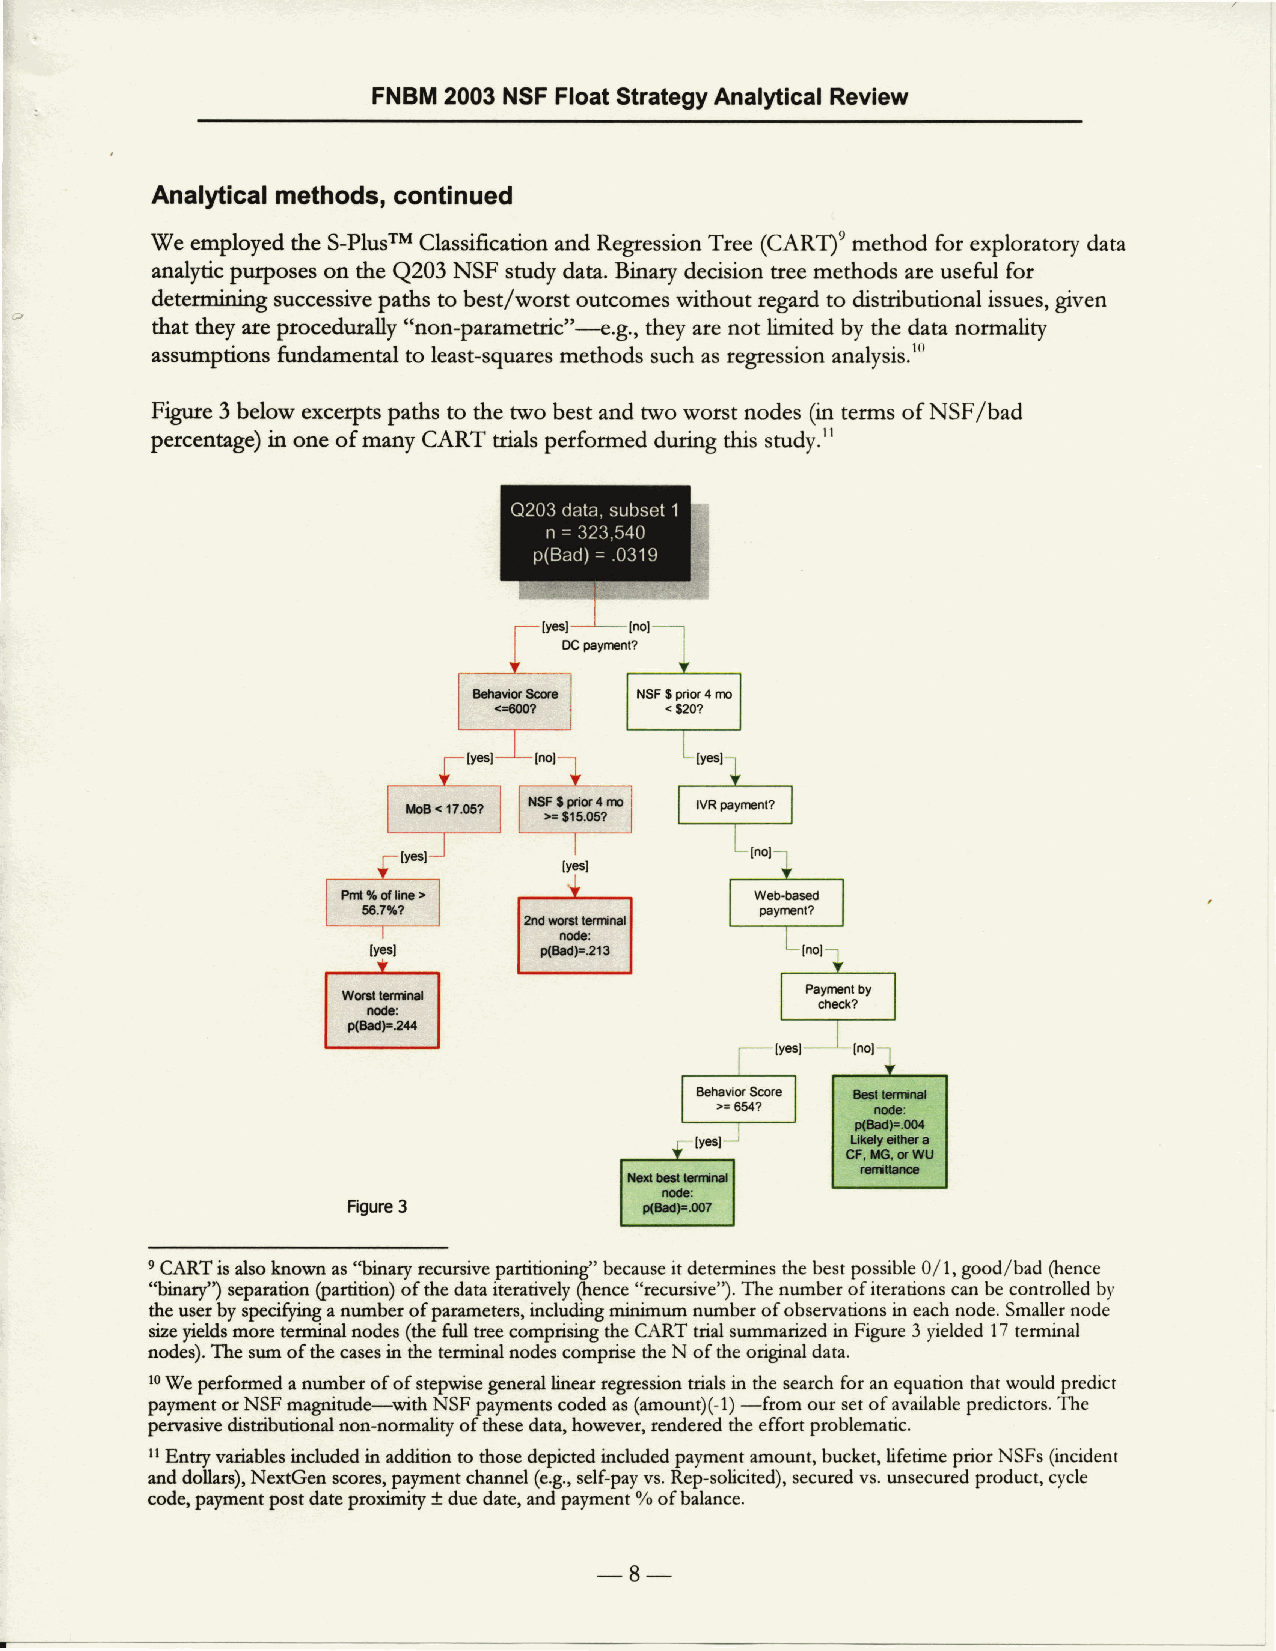
FNBM2 003N SFF loatS trategyA nalyticalR eview
 Analyticalm ethods,c ontinued
 I7e employed the S-PlusrM Classification and Regression Tree (CARD' method for explo lz;tory data
 analytic purposes on the Q203 NSF snrdy data. Binary decision tree methods are useful for
 determining successivep aths to best/worst outcomes without regard to distributional issues,g iven
 that they are procedurally "non-parametric"-.g., th.y are not limited by the data normality
 assumptions fundamental to least-squaresm ethods such as regression analysis.t"
 Figure 3 below excerpts paths to the two best and nvo worst nodes (in terms of NSF/bad
 petcentage) in one of many CART trials performed during ths study.rl
 DC paynent? )
 t'
 r scorc i I NSFg prioar nroI
 n?        <$20?
 I ll |     |
 --tnol-l   I
 1v"sl
 YY
 I NSFE gior 4 rn | | VR paynrenrz I
 L| >=E 15.05? '| |- |
 i
 |          ,[nol I
 lyesl          J
 Figure3
 e CART is also known as "binary recursive partitioning" becausei t determines the best possible 0/1, good/bad (hence
 "binary') separation (partition) of the data iteratively (hence "recursive"). The number of iterations can be controlled b1'
 the user by speci$ring a number of parameters, including minirnum number of observations in each node. Smaller node
 size yields more termind nodes (the full tree comprising the CART trial summaized in Figure 3 yielded 17 terminal
 nodes). The sum of the cases in the terminal nodes comprise the N of the origrnal data.
 10W e performed a number of of stepwise general linear regression trials in the search for an equation that would predict
 payment or NSF magnitude-with NSF payments coded as (amount)(-l) -from our set of available predictors. The
 pervasive distributional non-normality of these data, however, rendered the effort problematic.
 tt Entrl variables included in addition to those depicted included payment amount, bucket, hfetime prior NSFs (incident
 and dollars), NextGen scores,p ayrnent channel (e.g.,s elf-pay vs. Rep-solicited), secured vs. unsecured product, cycle
 code, payment post date ptoximity * due date, and payment o/o o f balance.
 -8-